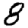
Digit: 8